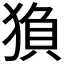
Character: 𬌻